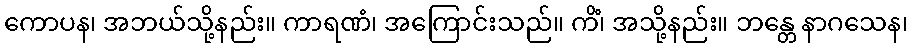
ကောပန၊ အဘယ်သို့နည်း။ ကာရဏံ၊ အကြောင်းသည်။ ကိံ၊ အသို့နည်း။ ဘန္တေ နာဂသေန၊